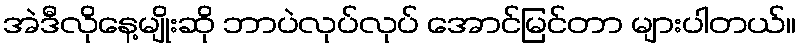
အဲဒီလိုနေ့မျိုးဆို ဘာပဲလုပ်လုပ် အောင်မြင်တာ များပါတယ်။